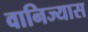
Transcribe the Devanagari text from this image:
वानिज्यास